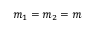
m _ { 1 } = m _ { 2 } = m